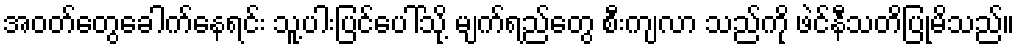
အဝတ်တွေခေါက်နေရင်း သူ့ပါးပြင်ပေါ်သို့ မျက်ရည်တွေ စီးကျလာ သည်ကို ဖဲင်နီသတိပြုမိသည်။